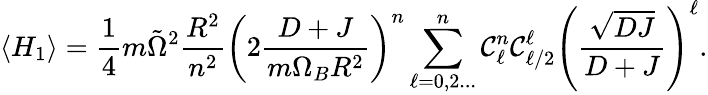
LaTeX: \langle H_{1}\rangle=\frac{1}{4}m\tilde{\Omega}^{2}\frac{R^{2}}{n^{2}}\left(2\frac{D+J}{m\Omega_{B}R^{2}}\right)^{n}\sum_{\ell=0,2...}^{n}\mathcal{C}_{\ell}^{n}\mathcal{C}_{\ell/2}^{\ell}\left(\frac{\sqrt{DJ}}{D+J}\right)^{\ell}.